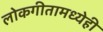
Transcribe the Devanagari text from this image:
लोकगीतामध्येही